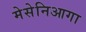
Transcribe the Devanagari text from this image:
मेसेनिआगा